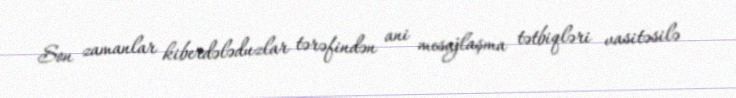
Son zamanlar kiberdələduzlar tərəfindən ani mesajlaşma tətbiqləri vasitəsilə